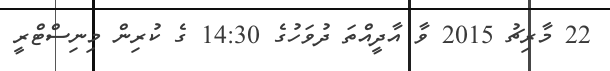
22 މާރިޗު 2015 ވާ އާދީއްތަ ދުވަހުގެ 14:30 ގެ ކުރިން މިނިސްޓްރީ